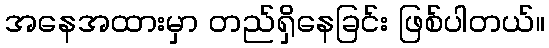
အနေအထားမှာ တည်ရှိနေခြင်း ဖြစ်ပါတယ်။